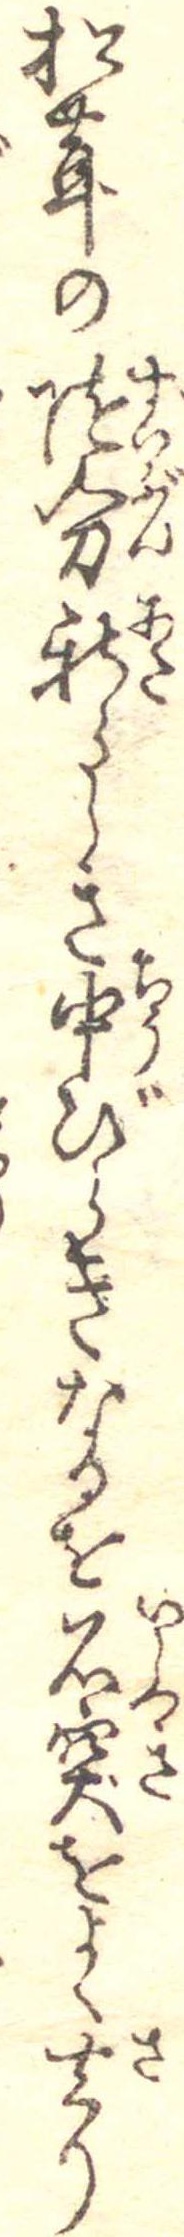
松茸の随分新らしき中びらきなるを石突をよく去り